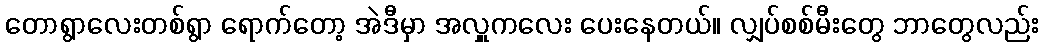
တောရွာလေးတစ်ရွာ ရောက်တော့ အဲဒီမှာ အလှူကလေး ပေးနေတယ်။ လျှပ်စစ်မီးတွေ ဘာတွေလည်း